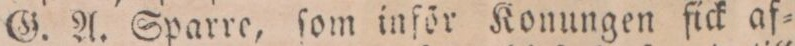
G. A. Sparre, ſom inför Konungen fick af=